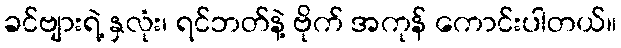
ခင်ဗျားရဲ့ နှလုံး၊ ရင်ဘတ်နဲ့ ဗိုက် အကုန် ကောင်းပါတယ်။